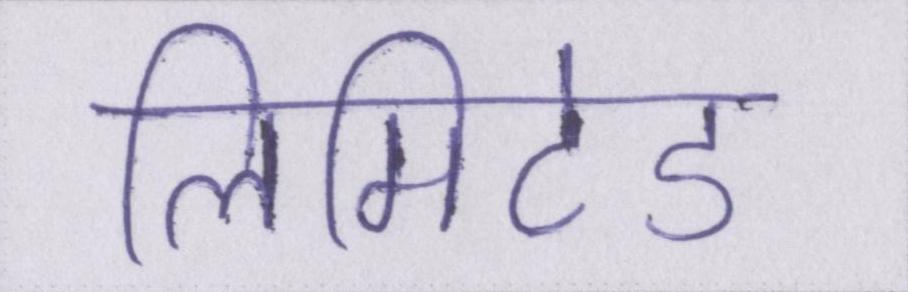
लिमिटेड